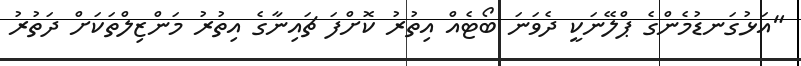
"އަޅުގަނޑުމެންގެ ޕްލޭނަކީ ދެވަނަ ބޯޓެއް އިތުރު ކޮށްފަ ޗައިނާގެ އިތުރު މަންޒިލްތަކަށް ދަތުރު